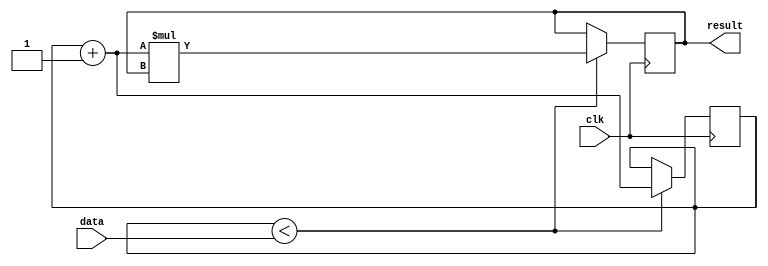
`timescale 1ns / 1ps
//////////////////////////////////////////////////////////////////////////////////
// Company: 
// Engineer: 
// 
// Design Name: 
// Module Name: factorial
// Project Name: 
// Target Devices: 
// Tool Versions: 
// Description: 
// 
// Dependencies: 
// 
// Revision:
// Revision 0.01 - File Created
// Additional Comments:
// 
//////////////////////////////////////////////////////////////////////////////////


module factorial(
    input  clk,
    input [31:0] data,
    output reg [31:0] result
    );
/*    reg clk;
    initial begin 
        forever begin
        clk = 0;
        #10 clk = ~clk;
    end end*/
    reg [31:0] i;
    initial begin        
        i = 32'b0;
        result = 32'b1;
    end
    
    always @(posedge clk) begin
       // i = i + 1;
        if (i < data) begin
            i = i + 1;
            result = i * result;
        end

    end
    
endmodule